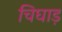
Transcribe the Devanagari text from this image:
चिघाड़